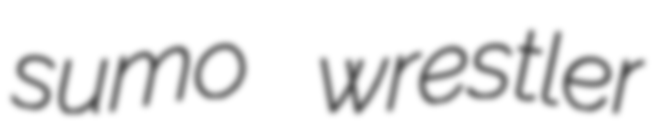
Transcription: sumo wrestler